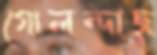
গোলন্দাজ